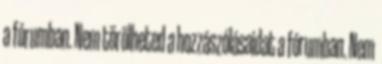
a fórumban. Nem törölheted a hozzászólásaidat a fórumban. Nem